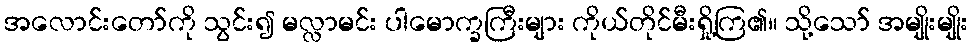
အလောင်းတော်ကို သွင်း၍ မလ္လာမင်း ပါမောက္ခကြီးများ ကိုယ်တိုင်မီးရှို့ကြ၏။ သို့သော် အမျိုးမျိုး